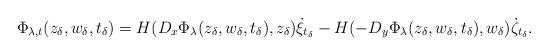
LaTeX: \begin{align*}\Phi_{\lambda,t}(z_\delta,w_\delta,t_\delta)= H(D_x \Phi_\lambda(z_\delta,w_\delta,t_\delta), z_\delta) \dot \xi_{t_\delta} - H(-D_y \Phi_\lambda(z_\delta,w_\delta,t_\delta), w_\delta) \dot \zeta_{t_\delta}.\end{align*}